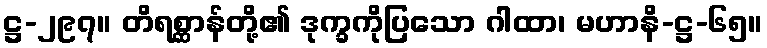
ဋ္ဌ-၂၉၇။ တိရစ္ဆာန်တို့၏ ဒုက္ခကိုပြသော ဂါထာ၊ မဟာနိ-ဋ္ဌ-၆၅။